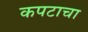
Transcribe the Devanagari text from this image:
कपटाचा